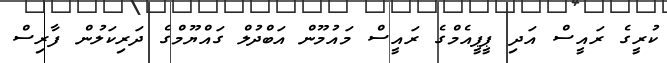
ކުރީގެ ރައީސް އަދި ޕީޕީއެމްގެ ރައީސް މައުމޫން އަބްދުލް ގައްޔޫމްގެ ދަރިކަލުން ފާރިސް